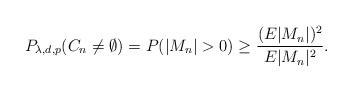
LaTeX: \begin{align*}P_{\lambda,d,p}(C_n\neq\emptyset)=P(|M_n|>0)\geq \frac{(E|M_n|)^2}{E|M_n|^2}.\end{align*}